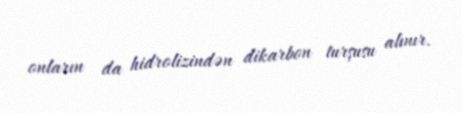
onların da hidrolizindən dikarbon turşusu alınır.